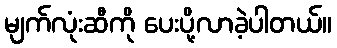
မျက်လုံးဆီကို ပေးပို့လာခဲ့ပါတယ်။